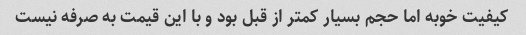
کیفیت خوبه اما حجم بسیار کمتر از قبل بود و با این قیمت به صرفه نیست